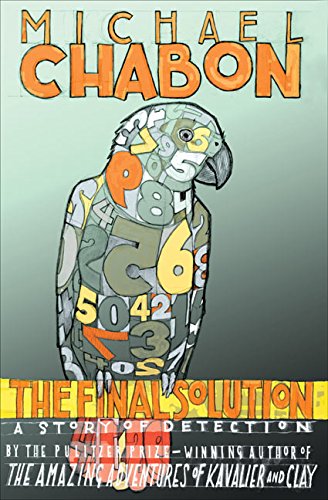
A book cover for The Final Solution: A Story of Detection; Michael Chabon; Religion & Spirituality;